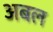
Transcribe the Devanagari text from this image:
अबल